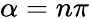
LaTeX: \alpha=n\pi